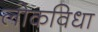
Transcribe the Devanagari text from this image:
लोकविधा